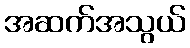
အဆက်အသွယ်